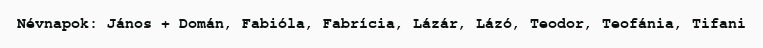
Névnapok: János + Domán, Fabióla, Fabrícia, Lázár, Lázó, Teodor, Teofánia, Tifani